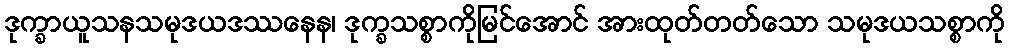
ဒုက္ခာယူသနသမုဒယဒဿနေန၊ ဒုက္ခသစ္စာကိုမြင်အောင် အားထုတ်တတ်သော သမုဒယသစ္စာကို